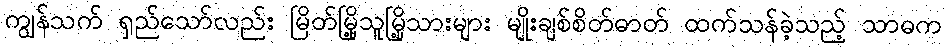
ကျွန်သက် ရှည်သော်လည်း မြိတ်မြို့သူမြို့သားများ မျိုးချစ်စိတ်ဓာတ် ထက်သန်ခဲ့သည့် သာဓက